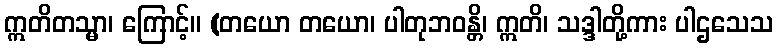
ဣတိတသ္မာ၊ ကြောင့်။ (တယော တယော၊ ပါတုဘဝန္တိ၊ ဣတိ၊ သဒ္ဒါတို့ကား ပါဌသေသ